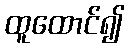
ထူထောင်၍